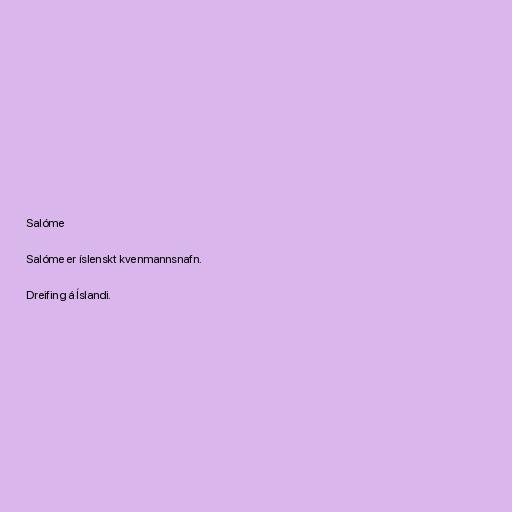
Salóme

Salóme er íslenskt kvenmannsnafn.

Dreifing á Íslandi.